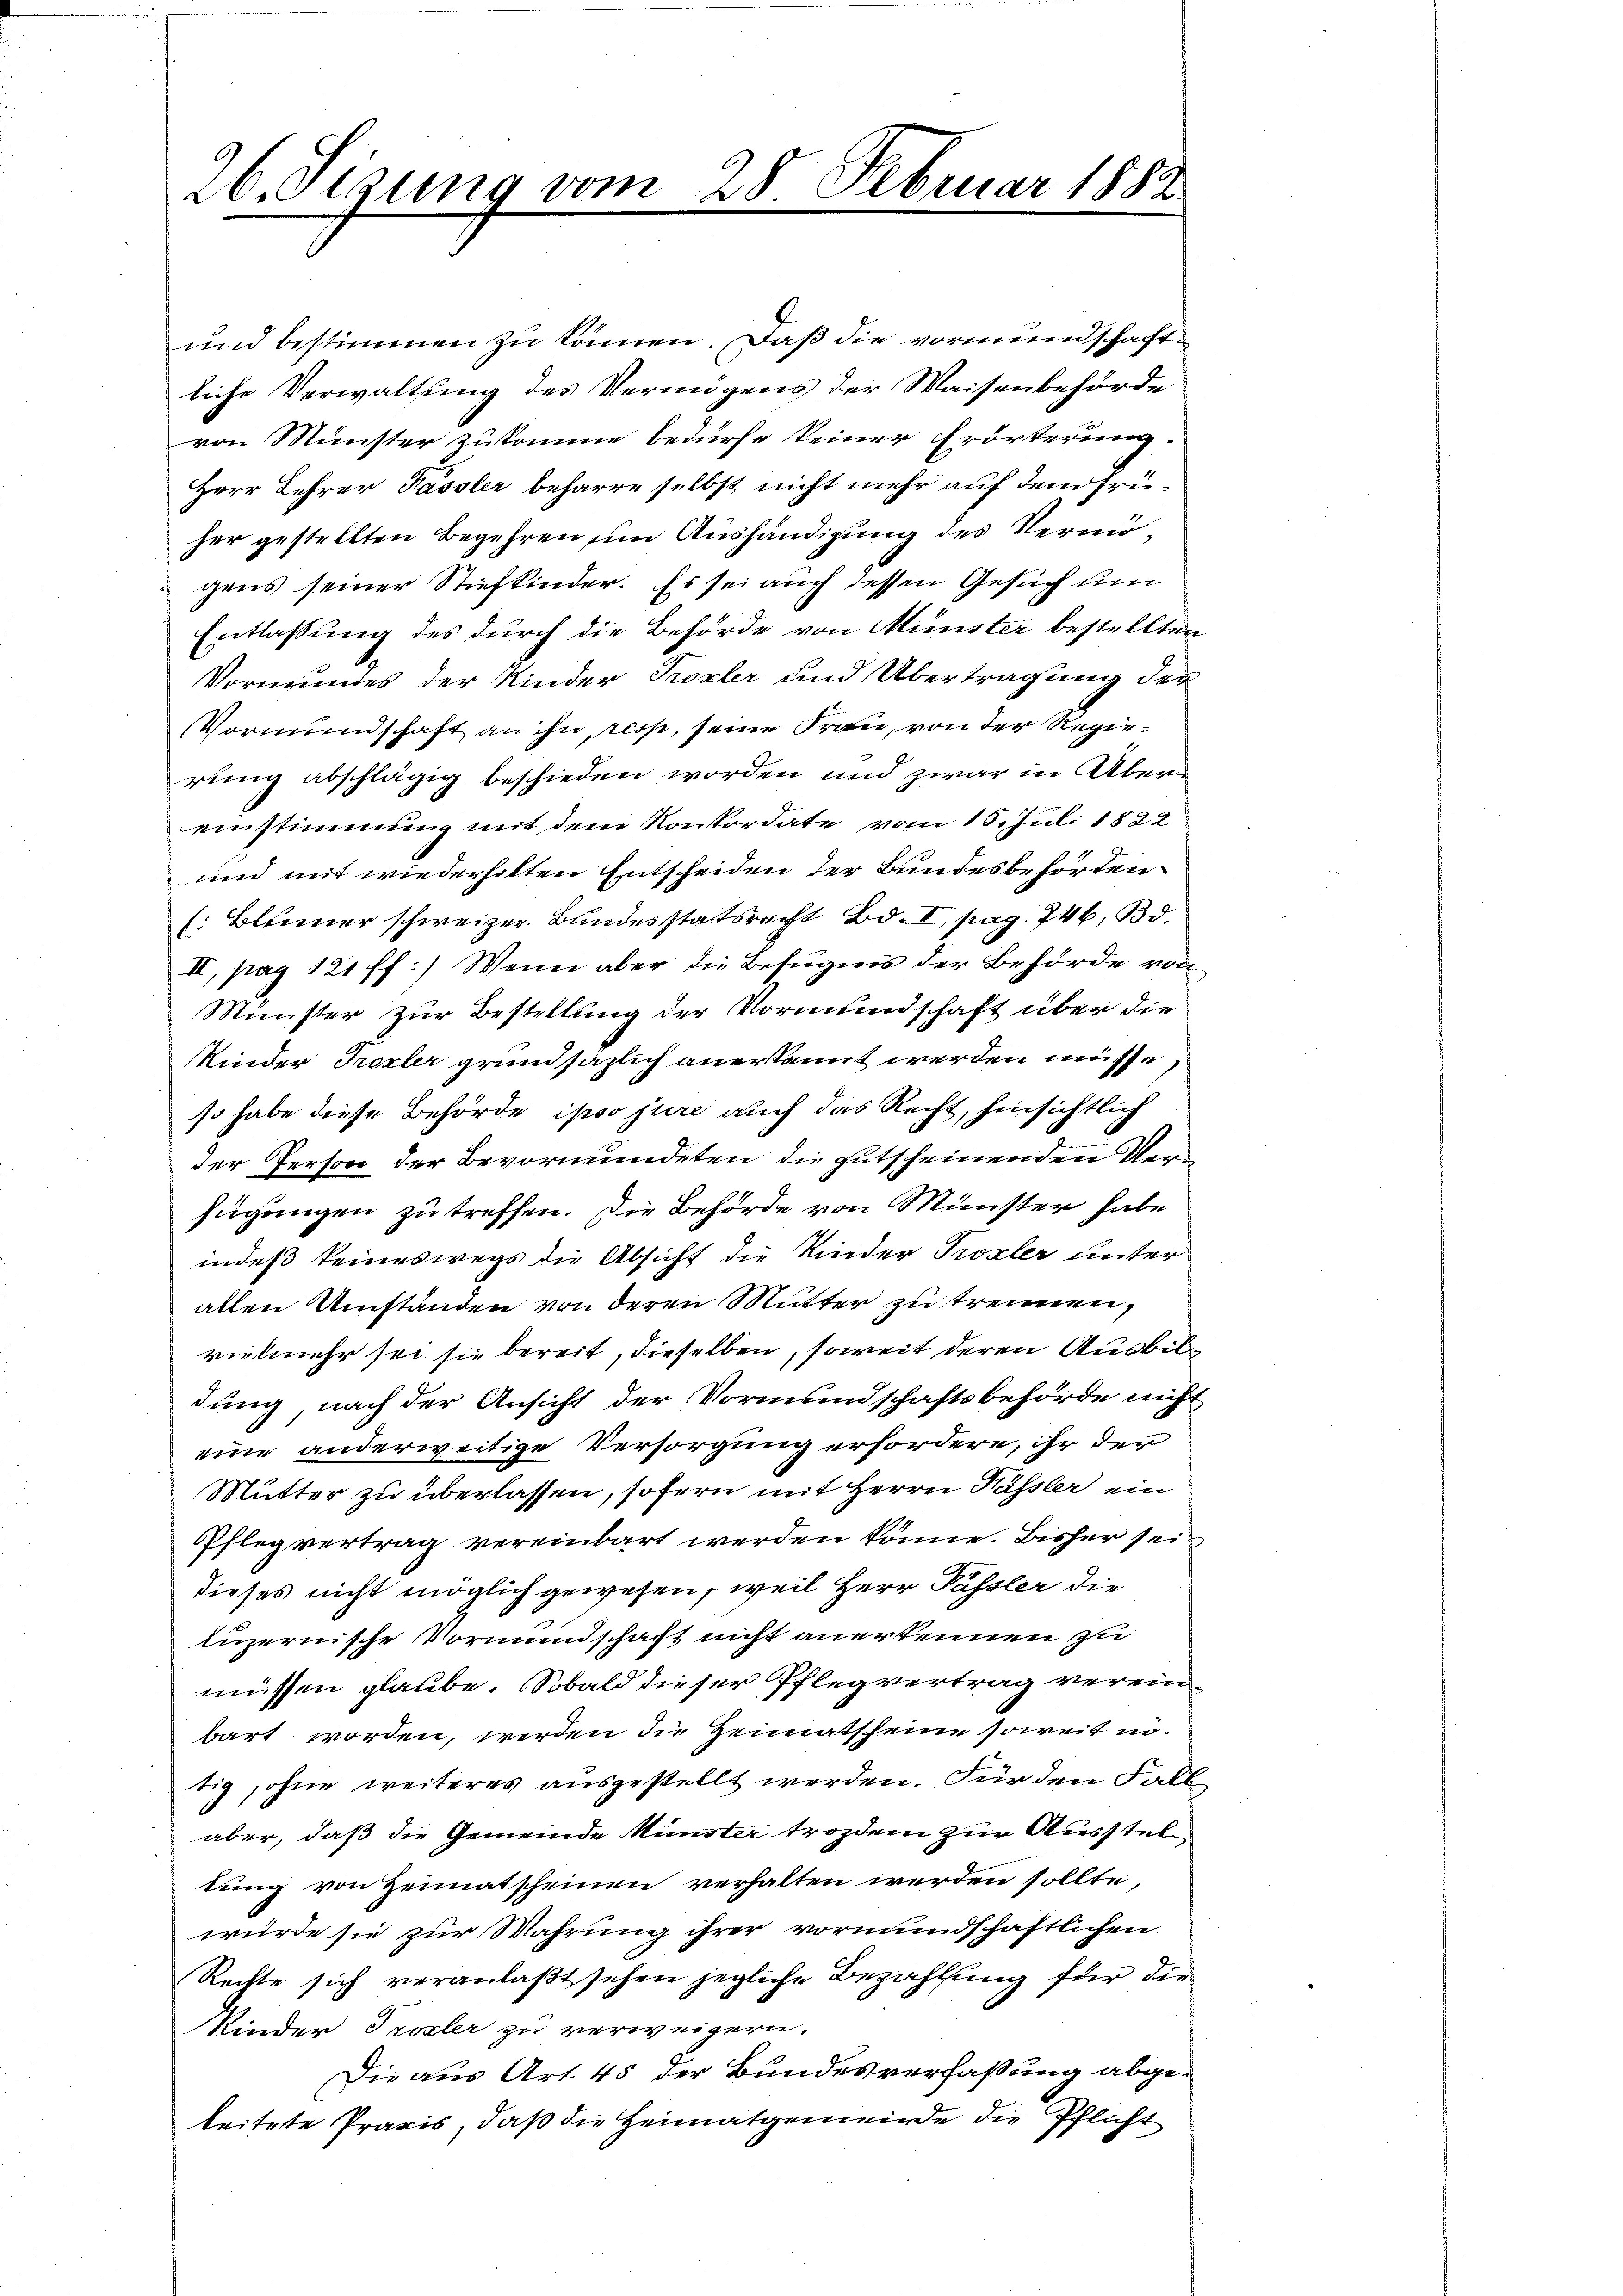
26. Sizung vom 28. Februar 1882

und bestimmen zu können. Daß die vormundschaftliche Verwaltung des Vermögens der Waisenbehörde
von Münster zukomme bedürfe keiner Erörterung
Herr Lehrer Passler beharre selbst nicht mehr auf dem früher gestellten Begehren um Aushändigung des Vermögens seiner Stiefkinder. Es sei auch dessen Gesuch um
Entlassung des durch die Behörde von Münster bestellten
Vormundes der Kinder Troxler und Übertragung der
Vormundschaft an ihn, ress, seine Frau, von der Regierung abschlägig beschieden worden und zwar in Übereinstimmung mit dem Konkordate vom 15. Juli 1822
und mit wiederholten Entscheiden der Bundesbehörden¬
(: Blümer schweizer Bundesstatsrecht Bd. I, pag. 746, Bd.
II, pag 121 ff) Wenn aber die Befugnis der Behörde von
Münster zur Bestellung der Vormundschaft über die
Kinder Trexler grundsäzlich anerkannt werden müsse,
so habe diese Behörde ipso jure auch das Recht, hinsichtlich
der Person der Bevormundeten die gutscheinenden Verfügungen zu treffen. Die Behörde von Münster habe
indeß keineswegs die Absicht die Kinder Prozler unter
allen Umständen von deren Mutter zu trennen,
vielmehr sei sie bereit, dieselben, soweit deren Ausbildung, nach der Ansicht der Vormundschaftsbehörde nicht
eine anderweitige Versorgung erfordere, ihr der
Mutter zu überlassen, sofern mit Herrn Kässler ein
Pflegvertrag vereinbart werden könne. Bisher sein
dieses nicht möglich gewesen, weil Herr Passler die
luzernische Vormundschaft nicht anerkennen zu
müssen glaube. Sobald dieser Pflegvertrag vereinbart worden, werden die Heimatscheine soweit in
tig, ohne weiteres ausgestellt werden. Für den Fall
.
aber, daß die Gemeinde Münster trozdem zur Ausstell
lung von Heimatscheinen verhalten werden sollte,
würde sie zur Wahrung ihrer vormundschaftlichen
Rechte sich veranlaßt sehen jegliche Bezahlung für die
Kinder Trozler zu verweigern.
Die aus Art. 45 der Bundesverfaßung abge-
leitete Praxis, daß die Heimatgemeinde die Pflicht